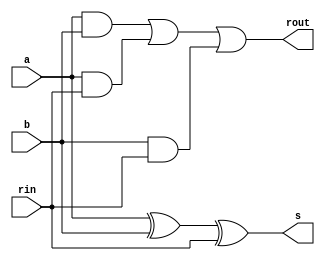
module add (a, b, rin, s, rout);
    input a;
    input b;
    input rin;
    output s;
    output rout;


    assign s = (a ^ b) ^ rin;
    assign rout = (a & b) | (a & rin) | (b & rin);

endmodule